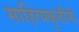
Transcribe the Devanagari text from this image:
साहित्यकृतींनी